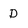
Character: D